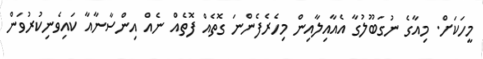
މީހަކަށް. މިއާގެ ނުގަބޫލުގާ އެއާއިލާއިން މިހެރެފެންނަ ގޮތެއް ފޮތެއް ނެއް އިންސާނާއާ ކައިވެނިކުރުވަން